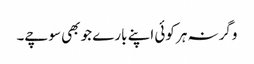
وگرنہ ہر کوئی اپنے بارے جو بھی سوچے۔